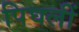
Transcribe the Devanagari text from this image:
पिघलीं